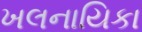
ખલનાયિકા